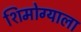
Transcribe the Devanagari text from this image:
शिमोग्याला